Civil Veterinary Dept. Bombay admin report 1932-41 - 1932-1941
Year: 1932
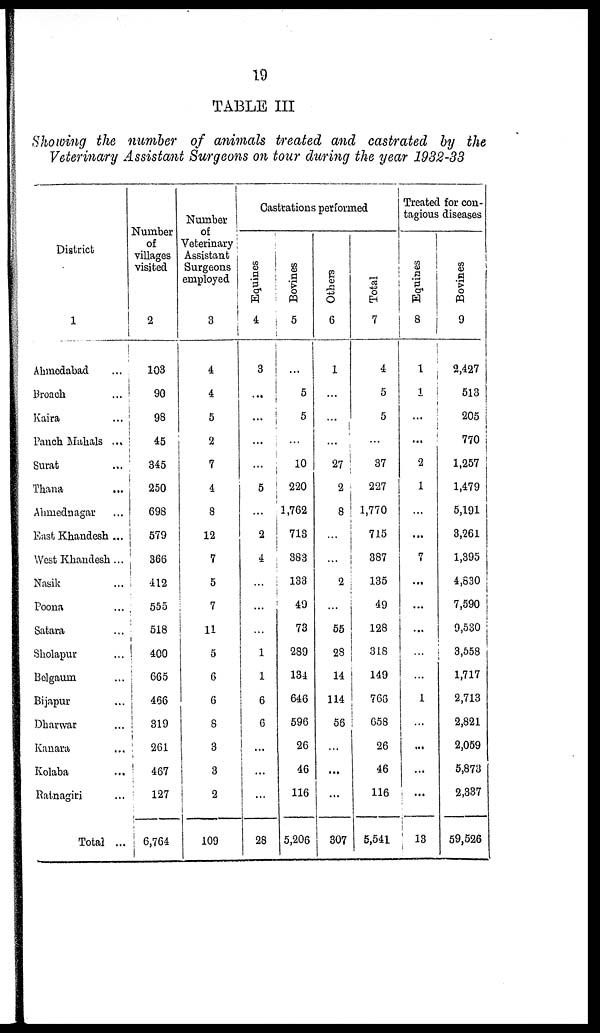
19
TABLE III
Showing the number of animals treated and castrated by the
Veterinary Assistant Surgeons on tour during the year 1932-33
District
1
Ahmedabad ...
Broach …
Kaira ...
Panch Mahals ...
Surat ...
Thana ...
Ahmednagar ...
East Khandesh ...
West Khandesh...
Nasik ...
Poona ...
Satara ...
Sholapur ...
Belgaum ...
Bijapur ...
Dharwar ...
Kanara ...
Kolaba ...
Ratnagiri ...
Total ...
Number
of
villages
visited
2
103
90
98
45
345
250
698
579
366
412
555
518
400
665
466
319
261
467
127
6,764
Number
of
Veterinary
Assistant
Surgeons
employed
3
4
4
5
2
7
4
8
12
7
5
7
11
5
6
6
8
3
3
2
109
Castrations performed
Equines
4
3
...
...
...
...
5
...
2
4
...
…
…
1
1
6
6
...
…
...
28
Bovines
5
...
5
5
…
10
220
1,762
713
383
133
49
73
289
134
646
596
26
46
116
5,206
Others
6
1
...
...
...
27
2
8
...
...
2
…
55
28
14
114
56
...
...
...
807
Total
7
4
5
5
…
37
227
1,770
715
387
135
49
128
318
149
766
658
26
46
116
6,541
Treated for con-
tagious diseases
Equines
8
1
1
…
…
2
1
…
...
7
...
...
...
…
…
1
…
...
...
...
13
Bovines
9
2,427
513
205
770
1,257
1,479
5,191
3,261
1,395
4,830
7,590
9,530
3,558
1,717
2,713
2,821
2,059
5,873
2,337
59,526